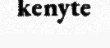
kenyte